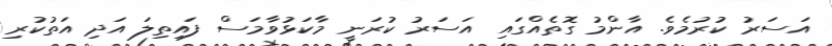
އަސަރު ކުރުމެވެ. އާންމު ގޮތެއްގައި އަސަރު ކުރަނީ މާކަޅުވާމަސް ފައިތިލަ އަދި އަތުކުރި